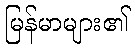
မြန်မာများ၏